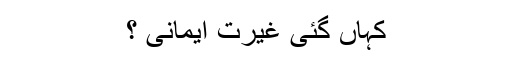
کہاں گئی غیرت ایمانی ؟